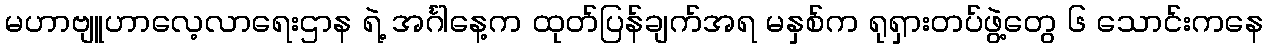
မဟာဗျူဟာလေ့လာရေးဌာန ရဲ့ အင်္ဂါနေ့က ထုတ်ပြန်ချက်အရ မနှစ်က ရုရှားတပ်ဖွဲ့တွေ ၆ သောင်းကနေ